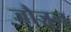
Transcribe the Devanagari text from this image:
जौज़ून